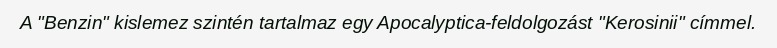
A "Benzin" kislemez szintén tartalmaz egy Apocalyptica-feldolgozást "Kerosinii" címmel.